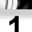
Digit: 1